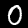
Label: 0